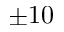
\pm 1 0